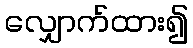
လျှောက်ထား၍